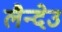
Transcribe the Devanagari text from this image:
लैन्देउ